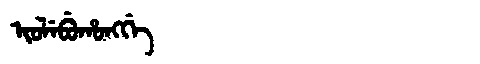
Manchu: ᡳᠣᠯᡝᠪᡠᡥᠣᠩᡤᡝ
Romanization: IOLEBUHONGGE